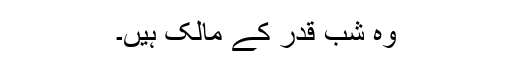
وہ شب قدر کے مالک ہیں۔